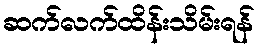
ဆက်လက်ထိန်းသိမ်းရန်